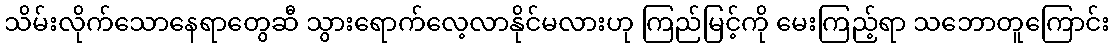
သိမ်းလိုက်သောနေရာတွေဆီ သွားရောက်လေ့လာနိုင်မလားဟု ကြည်မြင့်ကို မေးကြည့်ရာ သဘောတူကြောင်း